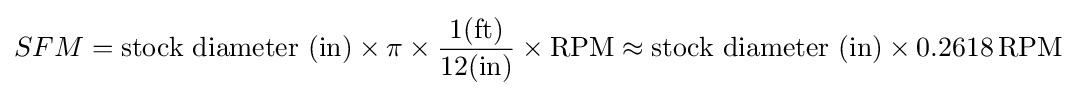
SFM={\text{stock diameter (in)}}\times \pi \times {\frac {1({\text{ft}})}{12({\text{in}})}}\times {\text{RPM}}\approx {\text{stock diameter (in)}}\times 0.2618\operatorname {RPM}